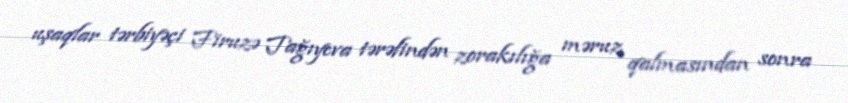
uşaqlar tərbiyəçi Firuzə Tağıyeva tərəfindən zorakılığa məruz qalmasından sonra